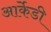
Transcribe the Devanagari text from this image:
आर्केडी